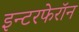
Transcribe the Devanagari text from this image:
इन्टरफेरॉन